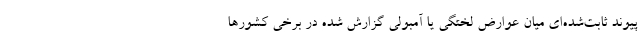
پیوند ثابت‌شده‌ای میان عوارض لختگی یا آمبولی گزارش شده در برخی کشورها